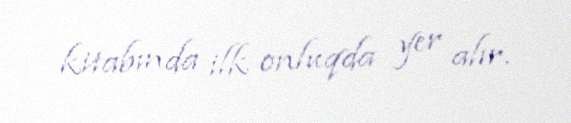
kitabında ilk onluqda yer alır.